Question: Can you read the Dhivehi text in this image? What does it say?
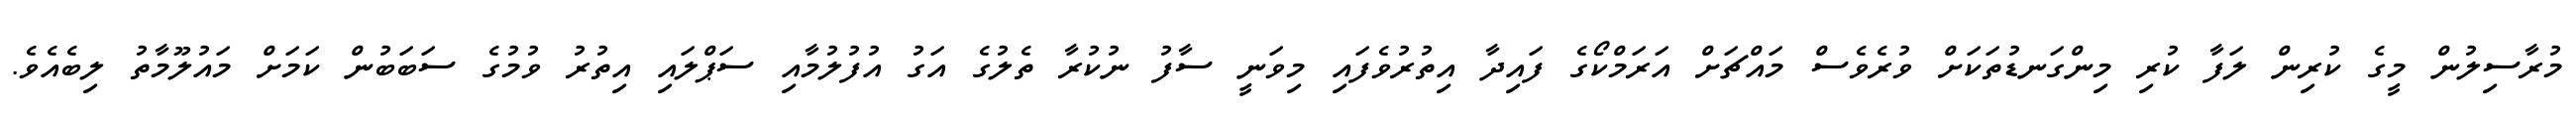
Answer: މުރާސިލުން މީގެ ކުރިން ލަފާ ކުރި މިންގަނޑުތަކަށް ވުރެވެސް މައްޗަށް އަރަމްކޯގެ ފައިދާ އިތުރުވެފައި މިވަނީ ސާފު ނުކުރާ ތެލުގެ އަގު އުފުލުމާއި ސަޕްލައި އިތުރު ވުމުގެ ސަބަބުން ކަމަށް މައުލޫމާތު ލިބެއެވެ.